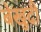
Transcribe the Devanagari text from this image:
बेखुदी